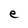
Character: e